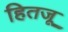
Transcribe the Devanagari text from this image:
हितजू